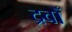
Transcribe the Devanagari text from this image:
द्रवोँ